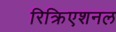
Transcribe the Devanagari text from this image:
रिक्रिएशनल